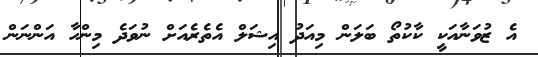
އެ ޒުވަނާއަކީ ކާކުތޯ ބަލަން މިއަދު އިޝަލް އެތެރެއަށް ނުވަދެ މިންހާ އަންނަން